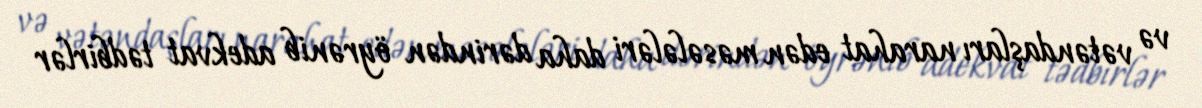
və vətəndaşları narahat edən məsələləri daha dərindən öyrənib adekvat tədbirlər